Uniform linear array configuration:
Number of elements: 24
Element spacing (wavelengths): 0.25
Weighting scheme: hamming
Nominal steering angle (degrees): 60
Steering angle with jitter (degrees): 61.035
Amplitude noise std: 0.05
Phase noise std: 0.05

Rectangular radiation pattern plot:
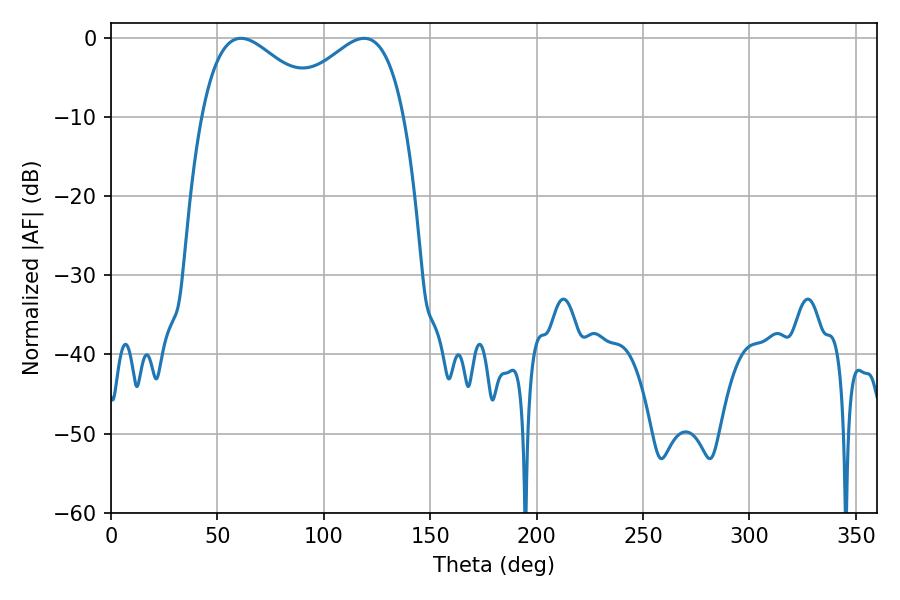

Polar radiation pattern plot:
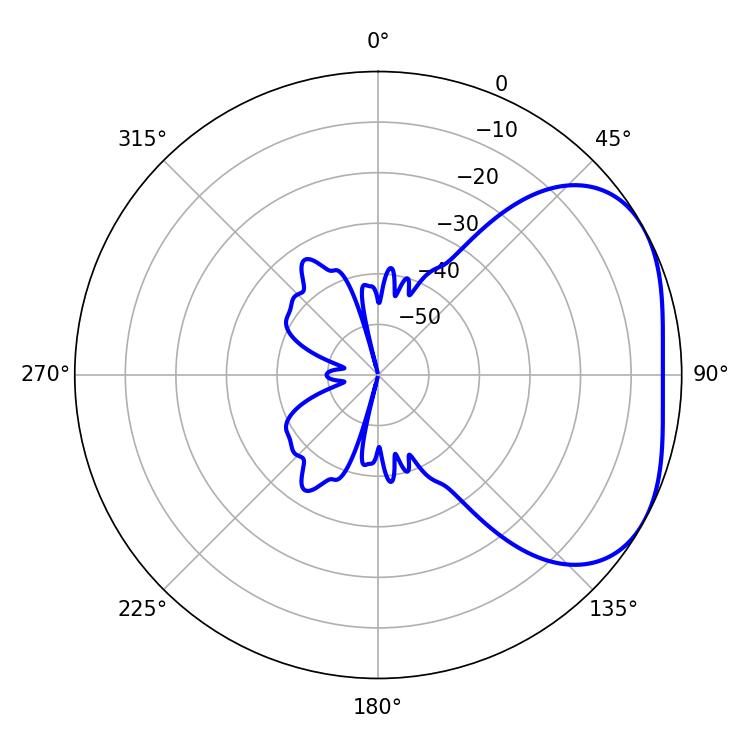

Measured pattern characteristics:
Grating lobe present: FALSE
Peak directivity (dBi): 3.186
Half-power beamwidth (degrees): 30.96
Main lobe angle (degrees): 61.02